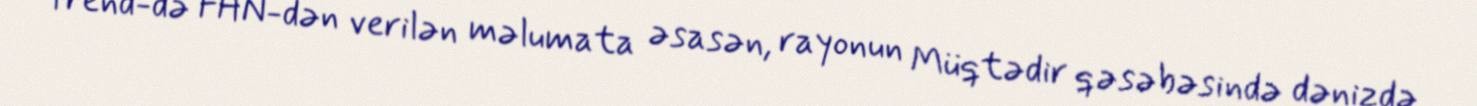
Trend-də FHN-dən verilən məlumata əsasən, rayonun Müqtədir qəsəbəsində dənizdə